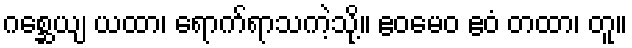
ဂစ္ဆေယျ ယထာ၊ ရောက်ရာသကဲ့သို့။ ဧဝမေဝ ဧဝံ တထာ၊ တူ။